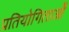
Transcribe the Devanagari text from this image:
प्रतियोगिताओँ